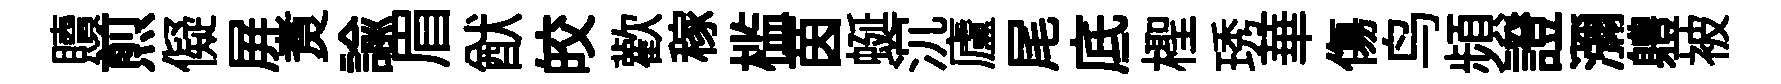
贖煎儗屏煑諭眉猷皎歡稼槛茵蜒沉廬尾底檉琇華傷鸟頻證瀰軆被